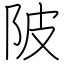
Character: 陂